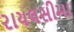
રાયલસીમા